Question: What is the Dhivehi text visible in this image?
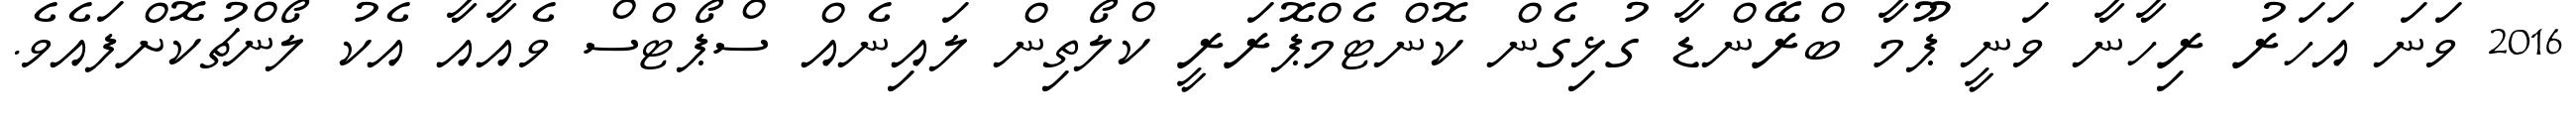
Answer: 2016 ވަނަ އަހަރު ރިހާނާ ވަނީ ޕޫމާ ބްރޭންޑާ ގުޅިގެން ކޮންޓެމްޕޮރަރީ ކްލޯތިން ލައިނެއް ސްޕޯޓްސް ވެއާއާ އެކު ލޯންޗުކޮށްފައެވެ.